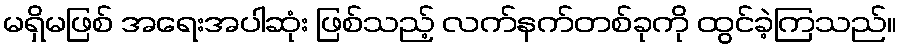
မရှိမဖြစ် အရေးအပါဆုံး ဖြစ်သည့် လက်နက်တစ်ခုကို ထွင်ခဲ့ကြသည်။